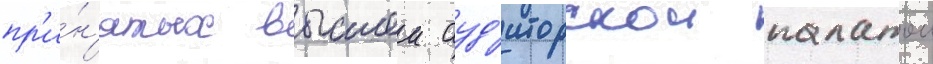
пр'и́н'ятых высшеи ауд'иторскои палатои